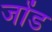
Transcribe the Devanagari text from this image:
जोंड